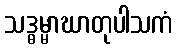
သဒ္ဓမ္မာဃာတုပါသကံ